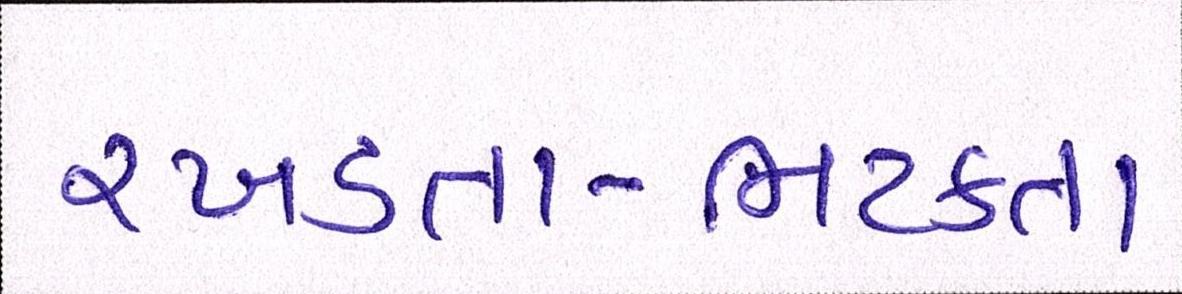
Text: રખડતા-ભટકતા